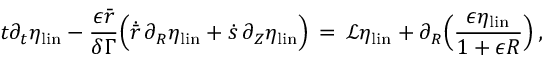
t \partial _ { t } \eta _ { \mathrm { l i n } } - \frac { \epsilon \bar { r } } { \delta \Gamma } \Bigl ( \dot { \bar { r } } \, \partial _ { R } \eta _ { \mathrm { l i n } } + \dot { s } \, \partial _ { Z } \eta _ { \mathrm { l i n } } \Bigr ) \, = \, \mathcal { L } \eta _ { \mathrm { l i n } } + \partial _ { R } \Bigl ( \frac { \epsilon \eta _ { \mathrm { l i n } } } { 1 + \epsilon R } \Bigr ) \, ,